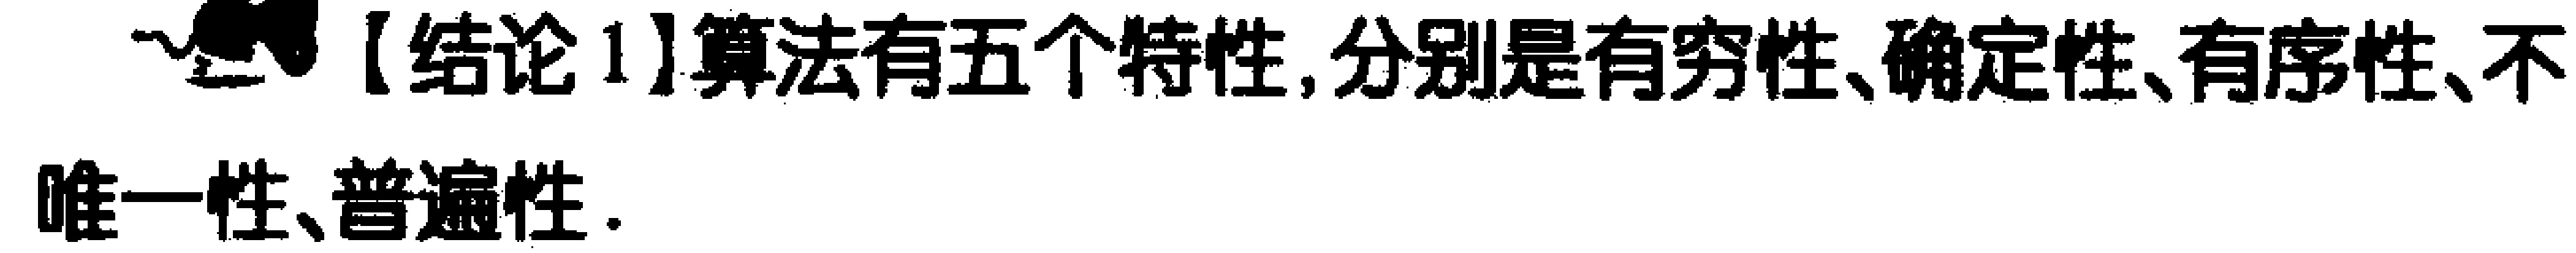
【结论1】算法有五个特性,分别是有穷性、确定性、有序性、不唯一性、普遍性.